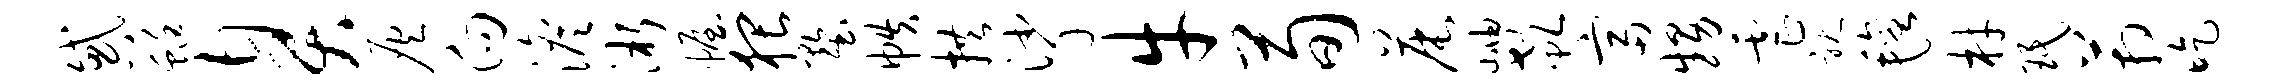
惑蜓臭灰向澹淅幄猥墅帙拱挲牛荀晨岫欷富甥虐耽毡材珉箱吃